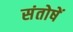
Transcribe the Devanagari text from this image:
संतोषें